Vaccination in Bombay 1874-1876 - 1874-1876
Year: 1874
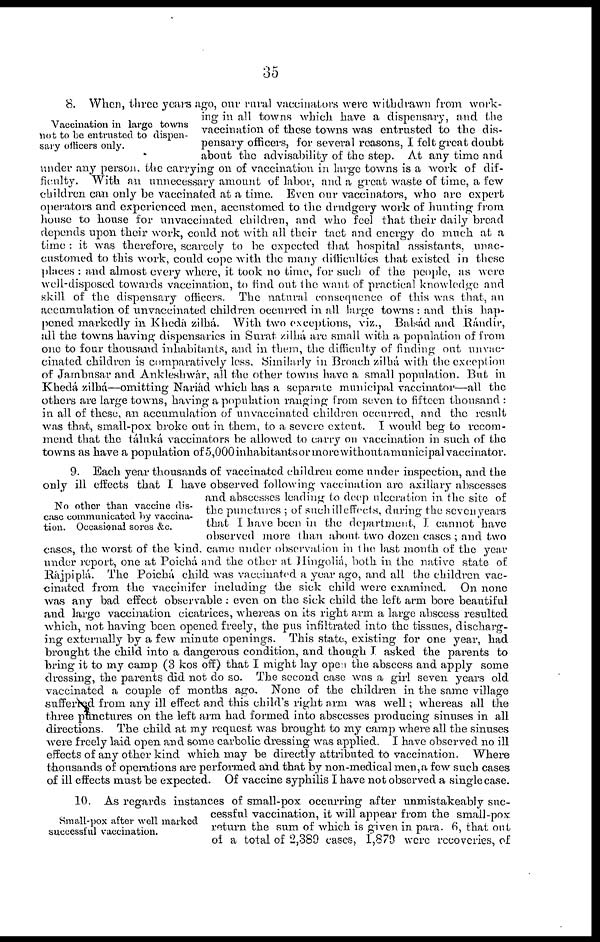
35
Vaccination in large towns
not to be entrusted to dispen-
sary officers only.
8. When, three years ago, our rural vaccinators were withdrawn from work-
ing in all towns which have a dispensary, and the
vaccination of these towns was entrusted to the dis-
pensary officers, for several reasons, I felt great doubt
about the advisability of the step. At any time and
under any person, the carrying on of vaccination in large towns is a work of dif-
ficulty. With an unnecessary amount of labor, and a great waste of time, a few
children can only be vaccinated at a time. Even our vaccinators, who are expert
operators and experienced men, accustomed to the drudgery work of hunting from
house to house for unvaccinated children, and who feel that their daily bread
depends upon their work, could not with all their tact and energy do much at a
time : it was therefore, scarcely to be expected that hospital assistants, unac-
customed to this work, could cope with the many difficulties that existed in these
places : and almost every where, it took no time, for such of the people, as were
well-disposed towards vaccination, to find out the want of practical knowledge and
skill of the dispensary officers. The natural consequence of this was that, an
accumulation of unvaccinated children occurred in all large towns : and this hap-
pened markedly in Khedá zilhá.
With two exceptions, viz., Balsád and Rándir,
all the towns having dispensaries in Surat zilhá are small with a population of from
one to four thousand inhabitants, and in them, the difficulty of finding out unvac-
cinated children is comparatively loss. Similarly in Broach zilhá with the except ion
of Jambusar and Ankleshwár, all the other towns have a small population. But in
Khedá zilhá—omitting Nariád which has a separate municipal vaccinator—all the
others are large towns, having a population ranging from seven to fifteen thousand :
in all of these, an accumulation of unvaccinated children occurred, and the result
was that, small-pox broke out in them, to a severe extent. I would beg to recom-
mend that the táluká vaccinators be allowed to carry on vaccination in such of the
towns as have a population of 5,000 inhabitantsor more without a municipal vaccinator.
No other than vaccine dis-
-ase communicated by vaccina-
tion. Occasional sores &c.
9. Each year thousands of vaccinated children come under inspection, and the
only ill effects that I have observed following vaccination are axillary abscesses
and abscesses leading to deep ulceration in the site of
the punctures ; of such ill effects, during the seven years
that I have been in the department, I cannot have
observed more than about two dozen cases; and two
cases, the worst of the kind. came under observation in the last month of the year
under report, one at Poichá and the other at Hingoliá, both in the native state of
Rájpiplá. The Poichá child was vaccinated a year ago, and all the children vac-
cinated from the vaccinifer including the sick child were examined. On none
was any bad effect observable : even on the sick child the left arm bore beautiful
and large vaccination cicatrices, whereas on its right arm a large abscess resulted
which, not having been opened freely, the pus infiltrated into the tissues, discharg-
ing externally by a few minute openings. This state, existing for one year, had
brought the child into a dangerous condition, and though I asked the parents to
bring it to my camp (3 kos off) that I might lay open the abscess and apply some
dressing, the parents did not do so. The second case was a girl seven years old
vaccinated a couple of months ago. None of the children in the same village
suffered from any ill effect and this child's right arm was well; whereas all the
three punctures on the left arm had formed into abscesses producing sinuses in all
directions. The child at my request was brought to my camp where all the sinuses
were freely laid open and some carbolic dressing was applied. I have observed no ill
effects of any other kind which may be directly attributed to vaccination. Where
thousands of operations are performed and that by non-medical men,a few such cases
of ill effects must be expected. Of vaccine syphilis I have not observed a single case.
Small-pox after well marked
successful vaccination.
10. As regards instances of small-pox occurring after unmistakeably suc-
cessful vaccination, it will appear from the small-pox
return the sum of which is given in para. 6, that out
of a total of 2,389 cases, 1,879 were recoveries, of